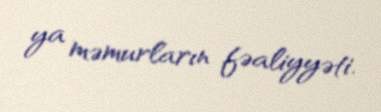
ya məmurların fəaliyyəti.